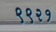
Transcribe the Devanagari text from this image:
९९२१